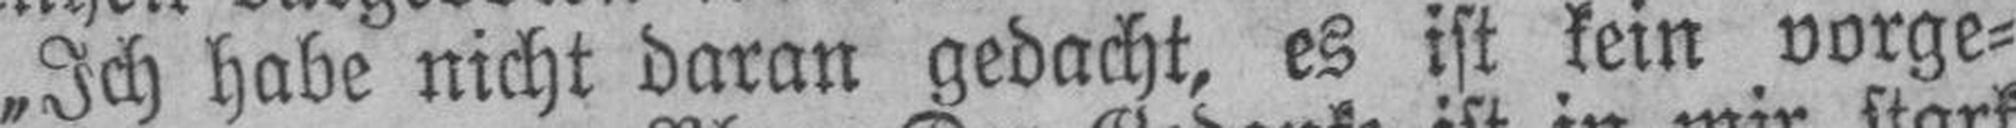
„Ich habe nicht daran gedacht, es ist kein vorge¬